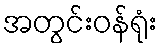
အတွင်းဝန်ရုံး